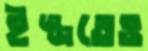
ইজ্জতেও